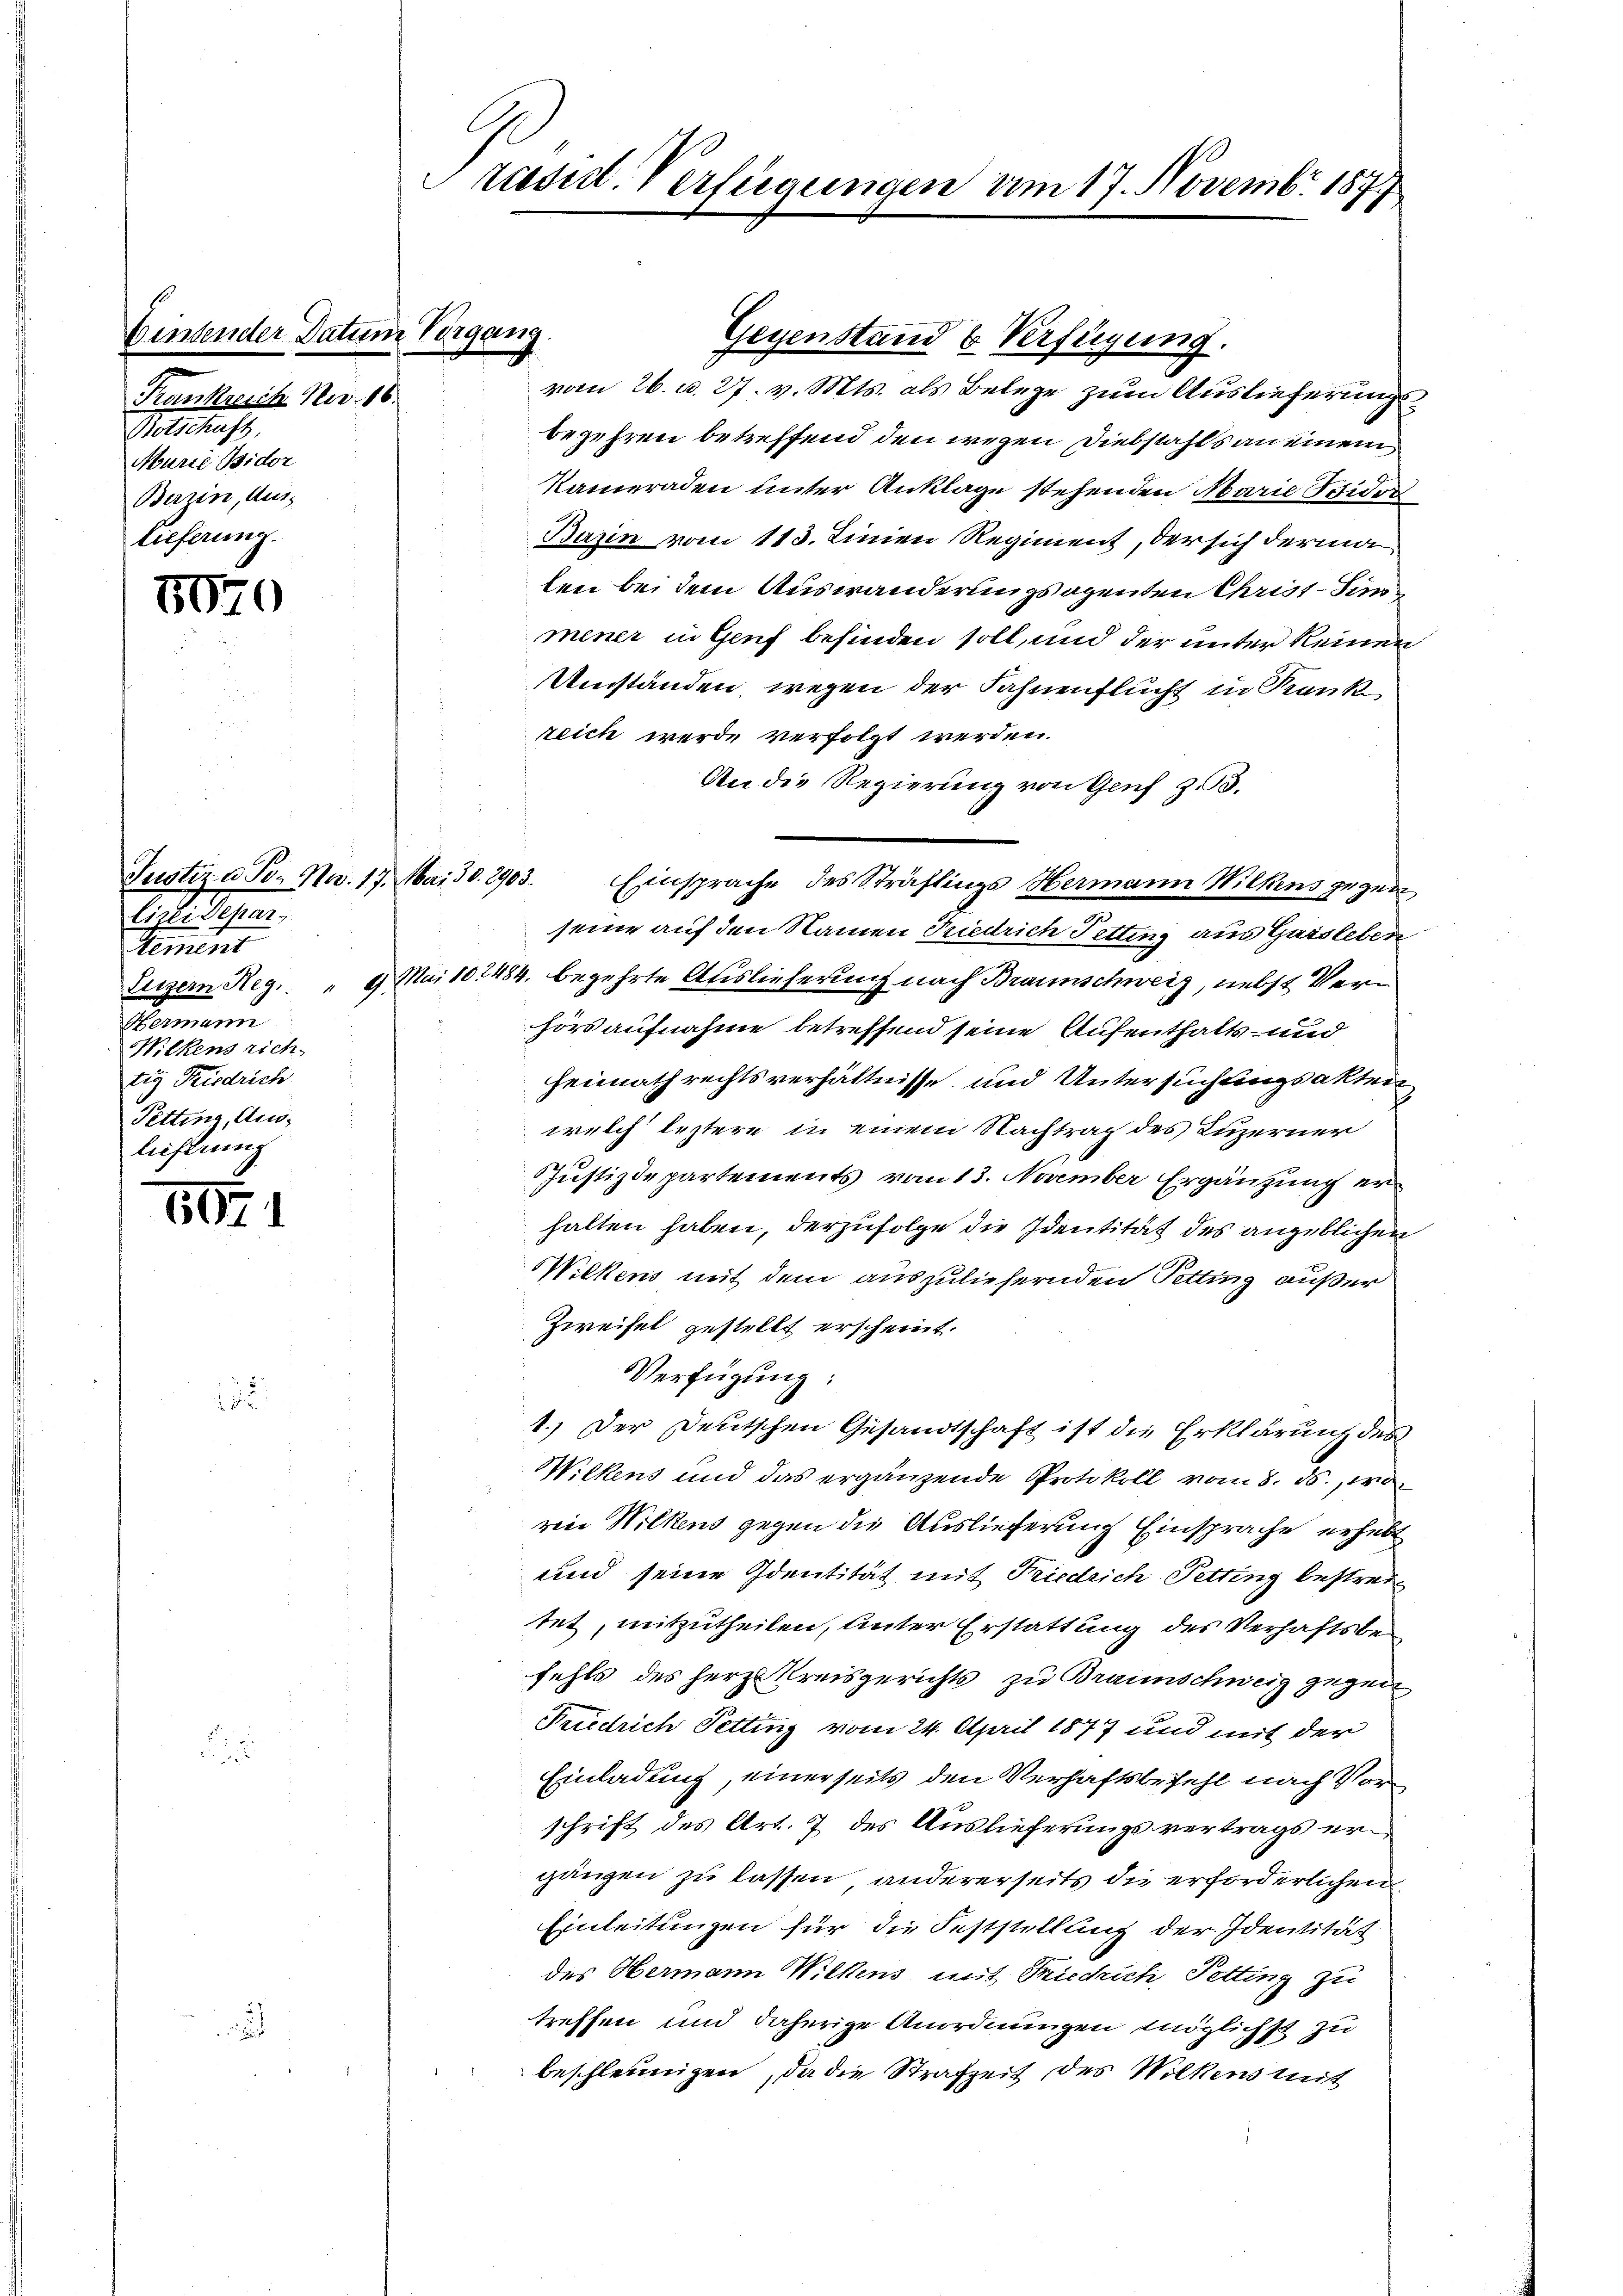
Eintender Datum Vergang.

Frankreich No. 16.
Retschaft
Marie Bidor
Berzin, Aus-
lieferung.

5070

5071

Ciste diesen.

Hermann
Wilkens rich
tig Friedrich
Tetting, Auslieferung

Justiz- u. Tor No. 17. Mai 30. 2903.

Prasil. Verfügungen am 17. Novemb. 1877

vom 26. d. 27. v. Mts. als Belege zum Auslieferungsbegehren betreffend den wegen Diebstahls an einem
Kameraden unter Anklage stehenden Marie Isidor
Bazin vom 113. Linien Regiment, der sich derma
len bei dem Auswanderungsagenten Christ Sin
mener in Genf befinden soll, und der unter keinen
Umständen, wegen der Fahnenflucht in Krank
reich werde verfolgt werden.
An die Regierung von Genf z. B.
Einsprache des Sträflings Hermann Wilkens gegen
seine auf den Namen Friedrich Tetting aus Garsleben
Luzern Reg. " 9 Mai 102484. begehrte Auslieferung nach Braunschweig, nebst Verhör aufnahme betreffend seine Aufenthalts- und
Heimath rechtsverhältnisse und Untersuchlingsakten
welch leztere in einem Nachtrag des Luzerner
Justizdepartements vom 13. November Ergänzung erhalten haben, derzufolge die Identität des angeblichen
Wilkens mit dem auszuliefernden Petting außer
Zweifel gestellt erscheint.
Verfügung:
1.) Der Deutschen Gesandtschaft ist die Erklärung des
Wilkens und das ergänzende Protokoll vom 8. ds., wo
reie Wilkens gegen die Auslieferung Einsprache erhebt
und seine Identität mit Friedrich Petting bestreitet, mitzutheilen, unter Erstattung des Verhaftsbefehls des Herze Kreisgerichts zu Braunschweiz gegen
Friedrich Petting vom 24. April 1877 und mit der
Einladung, einerseits den Verhaftsbefehl nach Vorschrift des Art. 7 des Auslieferungsvertrags ergänzen zu lassen, andererseits die erforderlichen
Einleitungen für die Feststellung der Identität
des Hermann Wilkens mit Friedrich, Petting zu
treffen und daherige Anordnungen möglichst zu
beschleunigen, da die Strafzeit des Wilkens mit

Gegenstand & Verfügung.